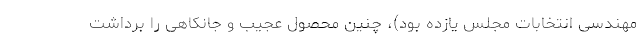
مهندسی انتخابات مجلس یازده بود)، چنین محصول عجیب و جانکاهی را برداشت